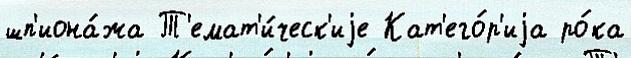
шп'иона́жа Т'емат'и́ческ'иjе Кат'его́р'иjа ро́ка